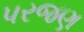
પરજણ